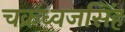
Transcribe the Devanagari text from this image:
चक्रध्वजसिंह